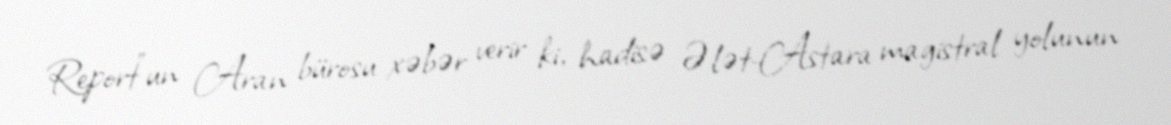
Report"un Aran bürosu xəbər verir ki, hadisə Ələt-Astara magistral yolunun